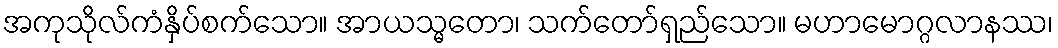
အကုသိုလ်ကံနှိပ်စက်သော။ အာယသ္မတော၊ သက်တော်ရှည်သော။ မဟာမောဂ္ဂလာနဿ၊